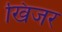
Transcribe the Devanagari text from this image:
खिजर